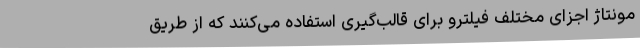
مونتاژ اجزای مختلف فیلترو برای قالب‌گیری استفاده می‌کنند که از طریق